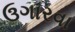
ઉગારવા